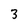
Character: 3